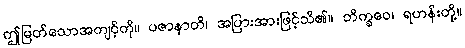
ဤမြတ်သောအကျင့်ကို။ ပဇာနာတိ၊ အပြားအားဖြင့်သိ၏။ ဘိက္ခဝေ၊ ရဟန်းတို့။